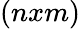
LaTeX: (nxm)